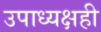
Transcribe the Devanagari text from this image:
उपाध्यक्षही